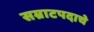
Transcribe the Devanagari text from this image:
सम्राटपदाचे